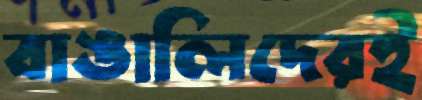
বাঙালিদেরই